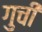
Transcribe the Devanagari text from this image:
गुची